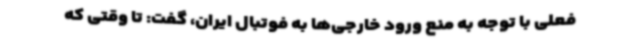
فعلی با توجه به منع ورود خارجی‌ها به فوتبال ایران، گفت: تا وقتی که